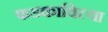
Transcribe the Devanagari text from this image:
फडकाविल्या